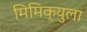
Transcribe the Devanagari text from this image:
मिमिक्युला